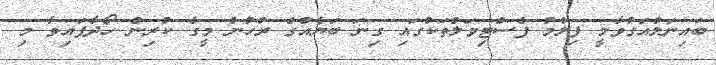
ބައިނަލްއަގުވާމީ ފިލްމު ފެސްޓިވަލްތަކުގައި ގިނަ ބަޔެއްގެ ރުހުން މީގެ ކުރިން ހޯދާފައިވާ މި